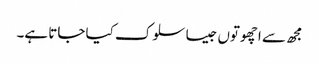
مجھ سے اچھوتوں جیسا سلوک کیا جاتا ہے۔